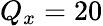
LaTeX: Q_{x}=20